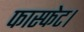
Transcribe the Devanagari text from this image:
फास्फेट।